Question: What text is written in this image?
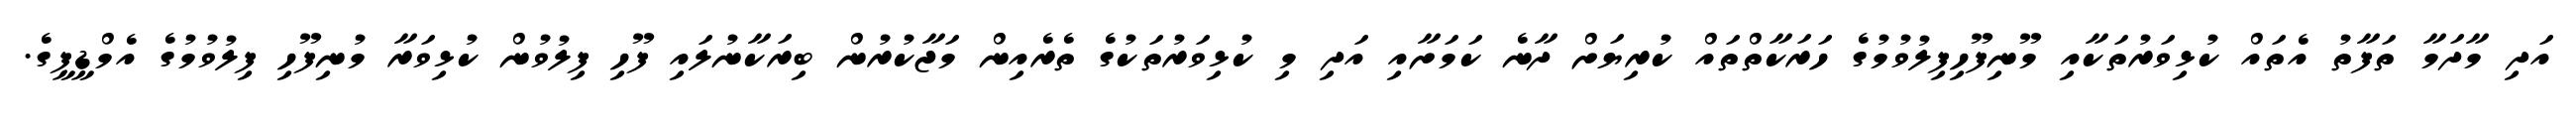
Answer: އަދި މާދަމާ ތަފާތު އެތައް ކުޅިވަރުތަކާއި މޫނިފޫހިފިލުވުމުގެ ހަރަކާތްތައް ކުރިޔަށް ދާނެ ކަމަށާއި އަދި މި ކުޅިވަރުތަކުގެ ތެރެއިން މަޖާކުރުން ބިރަކާނުލައި ފޫހި ފިލުވުން ކުޅިވަރާ މުނިފޫހި ފިލުވުމުގެ އެމްޑީޕީގެ.